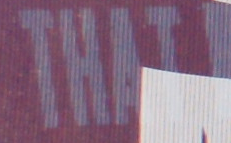
THAT